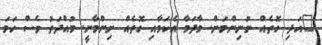
"އަދި ގޮތެއް ނުނިންމަން. މާދަމާ އެކަމާއި ގޮތެއް ނިންމާނީ. މުއްދަތު ވެސް ހަމަ